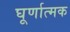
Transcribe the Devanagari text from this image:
घूर्णात्मक